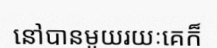
នៅបានមួយរយៈគេក៏